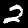
Label: 2